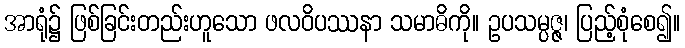
အာရုံ၌ ဖြစ်ခြင်းတည်းဟူသော ဖလဝိပဿနာ သမာဓိကို။ ဥပသမ္ပဇ္ဇ၊ ပြည့်စုံစေ၍။